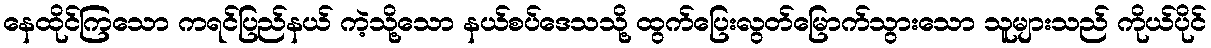
နေထိုင်ကြသော ကရင်ပြည်နယ် ကဲ့သို့သော နယ်စပ်ဒေသသို့ ထွက်ပြေးလွတ်မြောက်သွားသော သူများသည် ကိုယ်ပိုင်